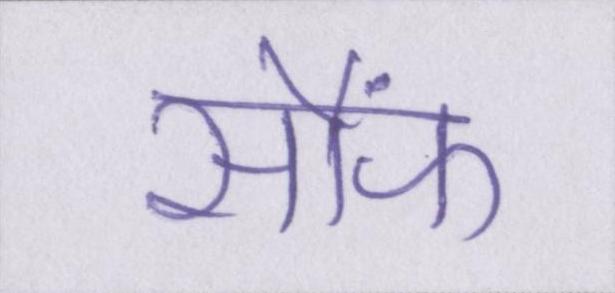
सौंफ